Vaccination in Bombay 1889-1901 - 1889-1901
Year: 1889
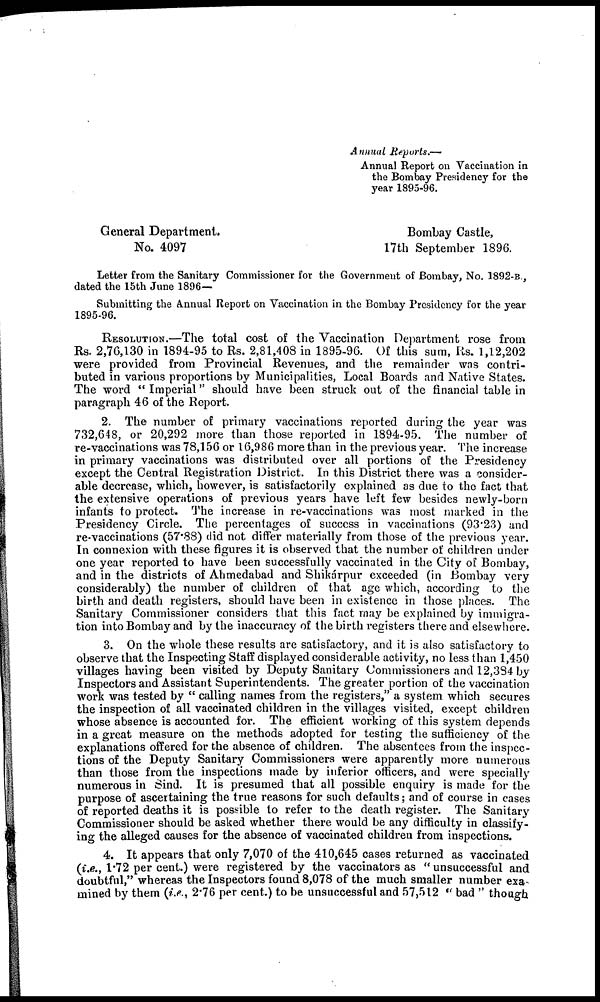
Annual Reports.—
Annual Report on Vaccination in
the Bombay Presidency for the
year 1895-96.
General Department.
Bombay Castle,
No. 4097
17th September 1896.
Letter from the Sanitary Commissioner for the Government of Bombay, No. 1892-B.,
dated the 15th June 1896—
Submitting the Annual Report on Vaccination in the Bombay Presidency for the year
1895-96.
RESOLUTION.—The total cost of the Vaccination Department rose from
Rs. 2,76,130 in 1894-95 to Rs. 2,81,408 in 1895-96. Of this sum, Rs. 1,12,202
were provided from Provincial Revenues, and the remainder was contri-
buted in various proportions by Municipalities, Local Boards and Native States.
The word " Imperial" should have been struck out of the financial table in
paragraph 46 of the Report.
2. The number of primary vaccinations reported during the year was
732,648, or 20,292 more than those reported in 1894-95. The number of
re-vaccinations was 78,156 or 16,986 more than in the previous year. The increase
in primary vaccinations was distributed over all portions of the Presidency
except the Central Registration District. In this District there was a consider-
able decrease, which, however, is satisfactorily explained as due to the fact that
the extensive operations of previous years have left few besides newly-born
infants to protect. The increase in re-vaccinations was most marked in the
Presidency Circle. The percentages of success in vaccinations (93.23) and
re-vaccinations (57.88) did not differ materially from those of the previous year.
In connexion with these figures it is observed that the number of children under
one year reported to have been successfully vaccinated in the City of Bombay,
and in the districts of Ahmedabad and Shikárpur exceeded (in Bombay very
considerably) the number of children of that age which, according to the
birth and death registers, should have been in existence in those places. The
Sanitary Commissioner considers that this fact may be explained by immigra-
tion into Bombay and by the inaccuracy of the birth registers there and elsewhere.
3. On the whole these results are satisfactory, and it is also satisfactory to
observe that the Inspecting Staff displayed considerable activity, no less than 1,450
villages having been visited by Deputy Sanitary Commissioners and 12,384 by
Inspectors and Assistant Superintendents. The greater portion of the vaccination
work was tested by " calling names from the registers," a system which secures
the inspection of all vaccinated children in the villages visited, except children
whose absence is accounted for. The efficient working of this system depends
in a great measure on the methods adopted for testing the sufficiency of the
explanations offered for the absence of children. The absentees from the inspec-
tions of the Deputy Sanitary Commissioners were apparently more numerous
than those from the inspections made by inferior officers, and were specially
numerous in Sind. It is presumed that all possible enquiry is made for the
purpose of ascertaining the true reasons for such defaults; and of course in cases
of reported deaths it is possible to refer to the death register. The Sanitary
Commissioner should be asked whether there would be any difficulty in classify-
ing the alleged causes for the absence of vaccinated children from inspections.
4. It appears that only 7,070 of the 410,645 cases returned as vaccinated
(i.e., 1.72 per cent.) were registered by the vaccinators as " unsuccessful and
doubtful," whereas the Inspectors found 8,078 of the much smaller number exa-
mined by them (i.e., 2.76 per cent.) to be unsuccessful and 57,512 " bad " though